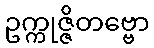
ဥက္ကုဇ္ဇိတဗ္ဗော